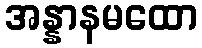
အန္နာနမထော